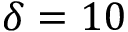
\delta = 1 0